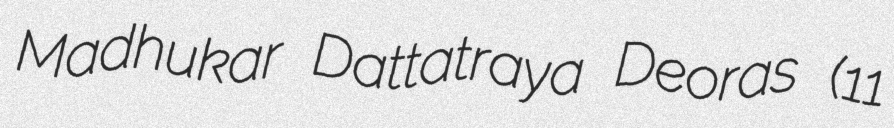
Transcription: Madhukar Dattatraya Deoras (11